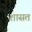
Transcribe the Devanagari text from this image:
शासत